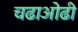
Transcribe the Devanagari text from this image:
चढाओढी